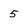
Character: 5